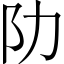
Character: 阞